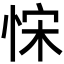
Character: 𢚗